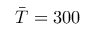
\bar { T } = 3 0 0